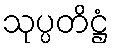
သုပ္ပတိဋ္ဌံ